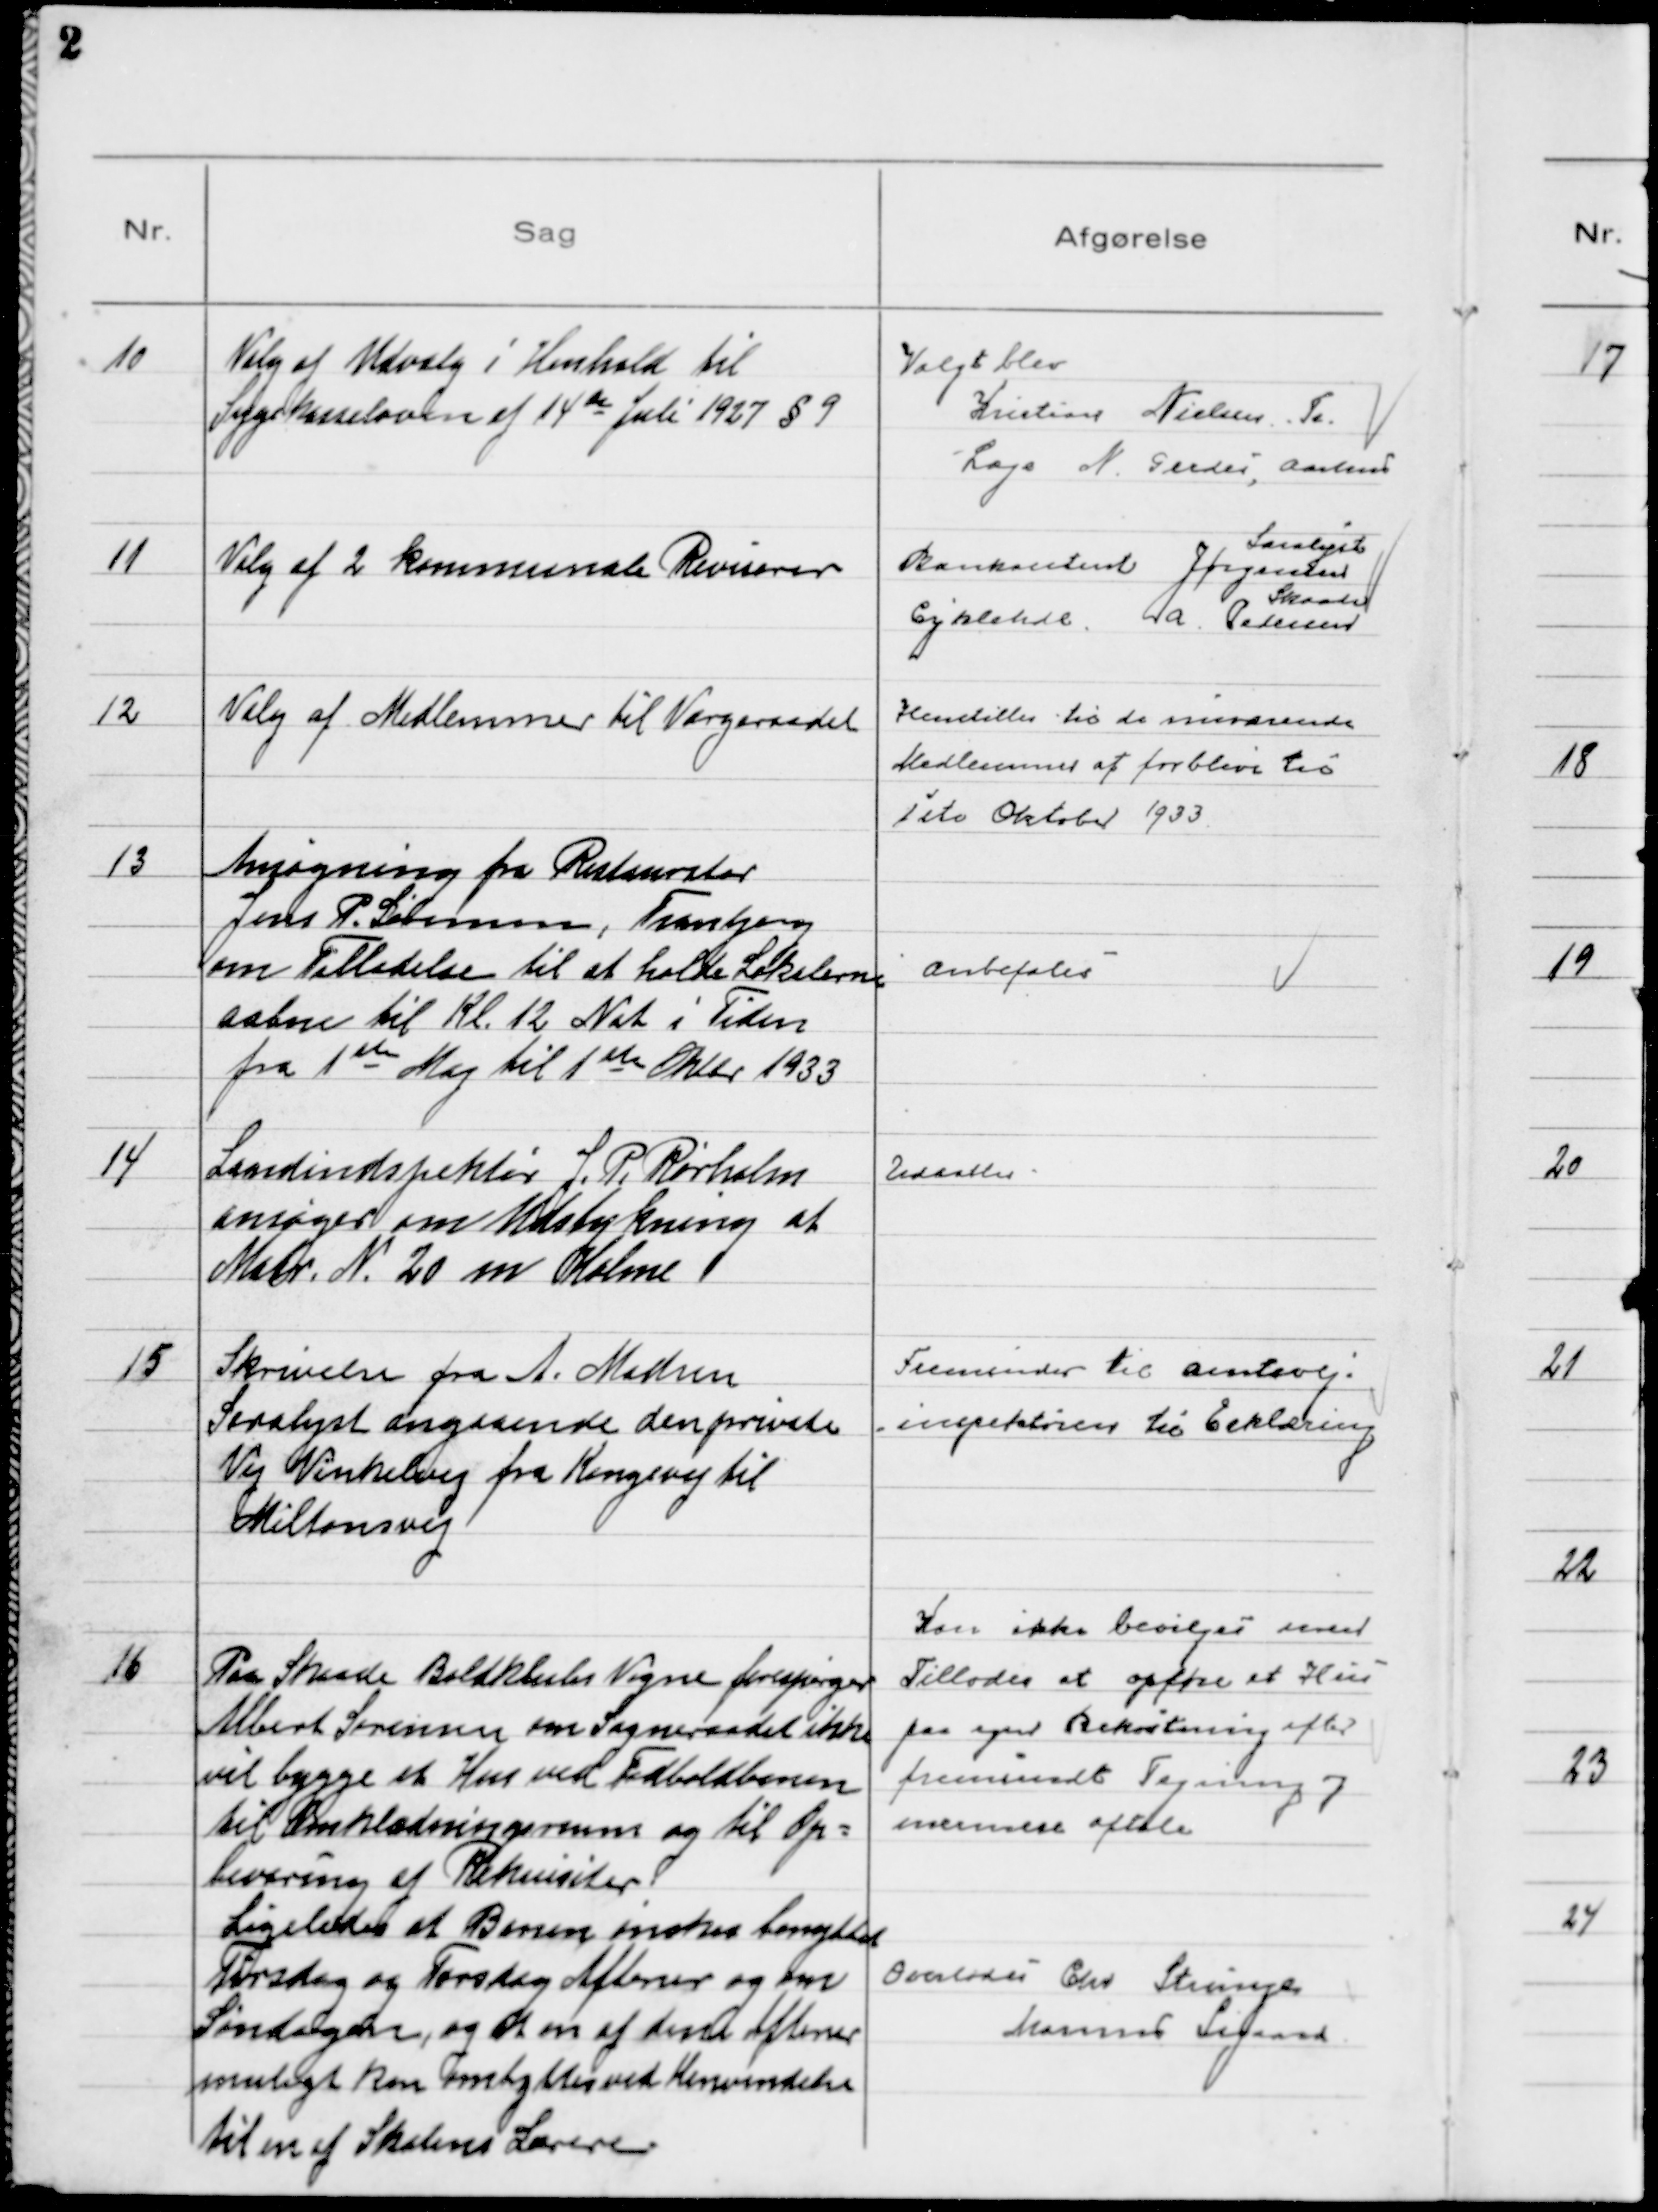
Transskription:
10
Valg af Udvalg i Henhold til
Sygekasseloven af 14 de Juli 1927 § 9

Valgt blev
Kristine Nielsen, Tr.
Læge N. Gerdes, Aarhus

11
Valg af 2 kommunale Revisorer

Bankassistent Jørgensen
Saralyst
Cykelhdl. A. Pedersen
Skaade

12
Valg af Medlemmer til Værgeraadet

Henstilles til de nuværende
Medlemmer at forblive til
1ste Oktober 1933

13
Ansøgning fra Restauratør
Jens P. Dalman, Tranbjerg
om Tilladelse til at holde Lokalerne
aabne til Kl. 12 Nat i Tiden
fra 1ste Maj til 1ste Oktbr 1933

Anbefales

14
Landindspektør J. P. Rørholm
ansøger om Udstykning af
Matr. № 20 m Holme

Udsattes

15
Skrivelse fra A. Madsen
Saralyst angaaende den private
Vej Vinkelvej fra Kongevej til
Miltonsvej

Fremsendes til Amtsvej-
inspektøren til Erklæring

16
Paa Skaade Boldklubs Vegne forespørger
Albert Sørensen om Sogneraadet ikke
vil bygge et Hus ved Fodboldbanen
til Omklædningsrum og til Op-
bevaring af Rekvisiter?
Ligeledes at Banen ønskes benyttet
Tirsdag og Torsdag Aftener og om
Søndagen, og at en af disse Aftener
muligt kan ombyttes ved Henvendelse
til en af Skolens Lærere

Kan ikke bevilges men
Tillodes at opføre et Hus
paa egen Bekostning efter
fremsendt Tegning og
nærmere aftale

Overlodes Chr Strunge
Marinus Sigaard